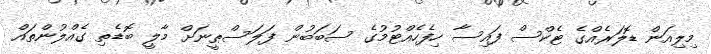
މިލިއަން ޑޮލަރެއްގެ ޓެކްސް ފައިސާ ހިފެހެއްޓުމުގެ ސަބަބުން ފަލަސްޠީނަށް މާލީ ބޮޑެތި ގެއްލުންތައް